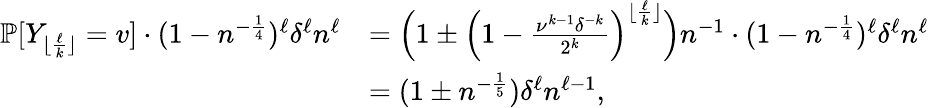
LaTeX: \begin{array}{rl}{\mathbb{P}[Y_{\lfloor\frac{\ell}{k}\rfloor}=v]\cdot(1-n^{-\frac{1}{4}})^{\ell}\delta^{\ell}n^{\ell}}&{=\Big(1\pm\Big(1-\frac{\nu^{k-1}\delta^{-k}}{2^{k}}\Big)^{\lfloor\frac{\ell}{k}\rfloor}\Big)n^{-1}\cdot(1-n^{-\frac{1}{4}})^{\ell}\delta^{\ell}n^{\ell}}\\ &{=(1\pm n^{-\frac{1}{5}})\delta^{\ell}n^{\ell-1},}\end{array}